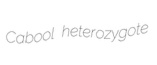
Cabool heterozygote